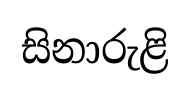
සිනාරුළි